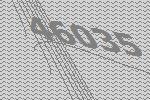
46035